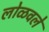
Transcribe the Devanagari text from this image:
लोळवले